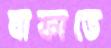
বাফাতে